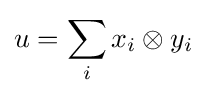
u=\sum _{i}x_{i}\otimes y_{i}